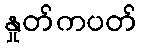
နှုတ်ကပတ်